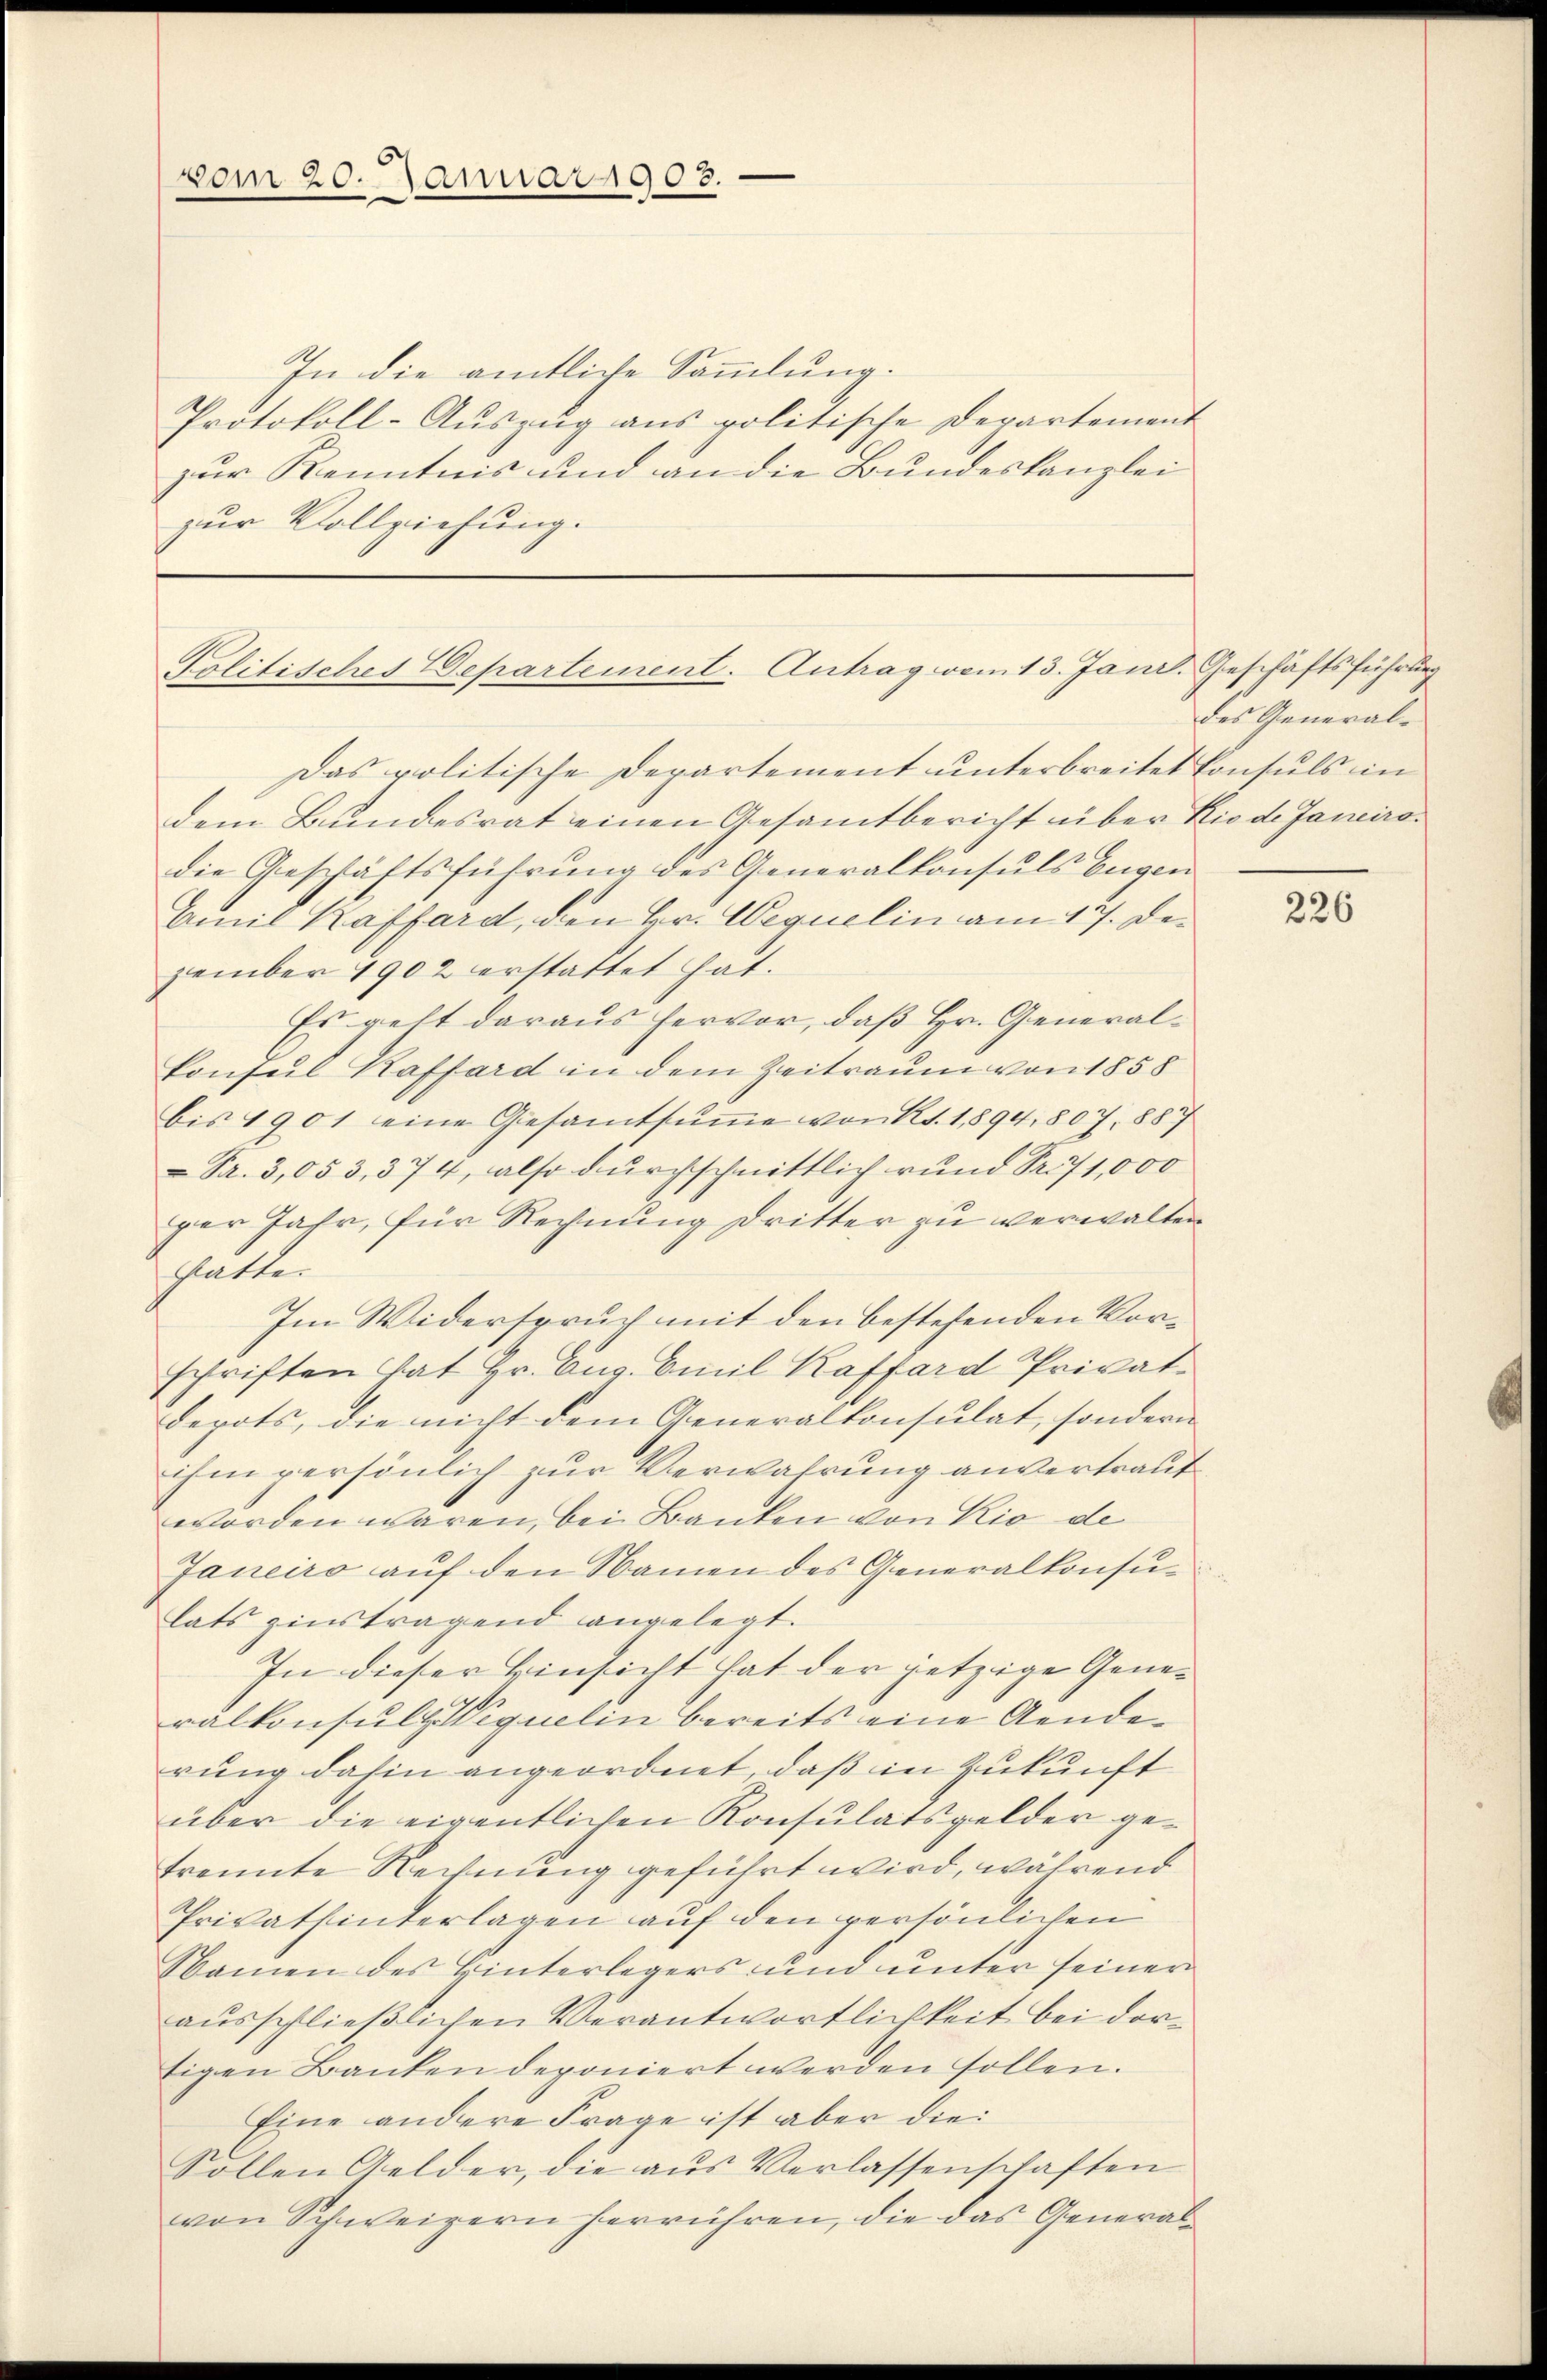
vom 20. Januar 1905.

In die amtliche Sammlung.
Protokoll-Auszug aus politische Departement
zur Kenntnis und an die Bundeskanzlei
zur Vollziehung.

Politisches Departement. Antrag vom 13. Jani

Das politische Departement unterbreitet Consuls in
dem Bundesrat einen Gesamtbericht über Rio de Janeiradie Geschäftsführung des Generalkonsuls Eugen
Emil Kaffard, den Hr. Wequelin am 17. Dezember 1902 erstattet hat.
Es geht daraus hervor, daß Hr. General¬
Consul Kaffard in dem Zeitraum von 1858
bis 1901 eine Gesamtsŭṁe von Rt. 1894, 807. 887
Nr. 3,053,374, also durchschnittlich rund Sr. 71,000
per Jahr, für Rechnung Dritter zu verwalten
Gatte.
Im Widerspruch mit den bestehenden Vorschriften hat Hr. Cus. Emil Kaffard Privat¬
Depots, die nicht dem Generalkonsulat, sondern
Ein persönlich zur Verwahrung anvertraut
worden wären, bei Banken von Rio de
Janeiro auf den Namen des Generalkonsulats zinstragend angelegt.
In dieser Einsicht hat der jetzige Generalkonsultz Wequelin bereits eine Aenderung dahin angeordnet, daß in Zukunft
über die eigentlichen Konsulatsgelder getrennte Rechnung geführt wird, während
Privatsinterlagen auf den persönlichen
Namen des Hinterlegers und unter seiner
ausschließlichen Verantwortlichkeit bei dortigen Banken deponiert werden sollen.
Eine andere Frage ist aber die
Sollen Gelder, die aus Verlassenschaften
von Schweigern herrühren, die das General¬

d. Geschäftsführung
des General-

226